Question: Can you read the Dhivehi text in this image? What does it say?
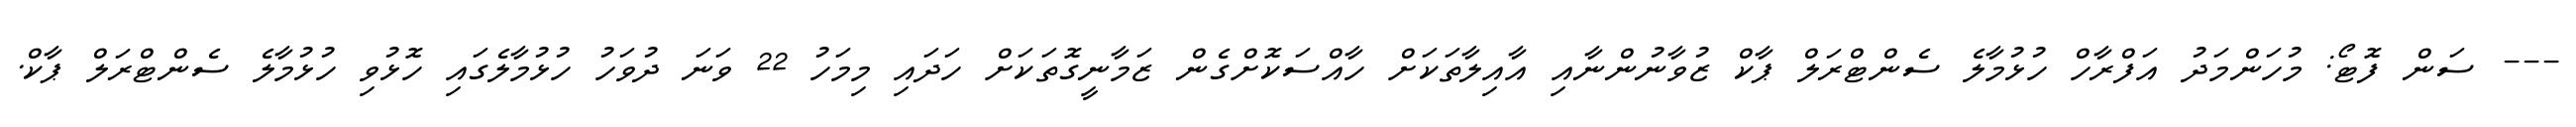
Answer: --- ސަން ފޮޓޯ: މުހަންމަދު އަފްރާހް ހުޅުމާލެ ސެންޓްރަލް ޕާކް ޒުވާނުންނާއި އާއިލާތަކަށް ހާއްސަކޮށްގެން ޒަމާނީގޮތަކަށް ހަދައި މިމަހު 22 ވަނަ ދުވަހު ހުޅުމާލެގައި ހޮޅުވި ހުޅުމާލެ ސެންޓްރަލް ޕާކް.